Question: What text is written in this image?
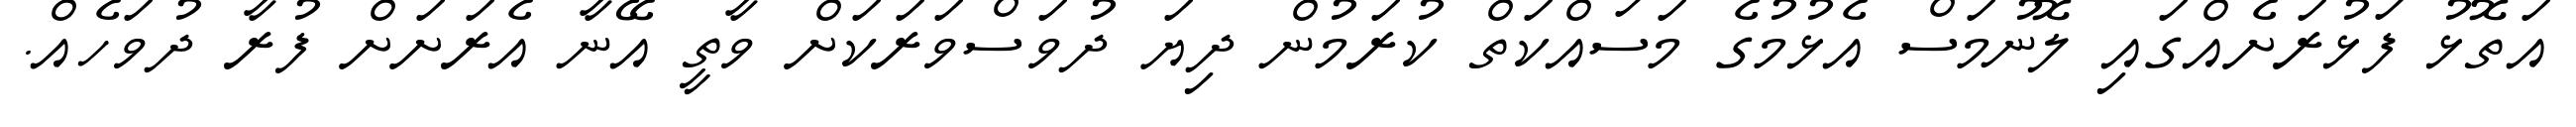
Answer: އަތޮޅު ފަޅުރަށެއްގައި ލޮނުމަސް އެޅުމުގެ މަސައްކަތް ކުރަމުން ދިޔަ ދުވަސްވަރަކަށް ވާތީ އޭނާ އެރަށަށް ފުރާ ދުވަހެއް.